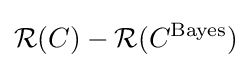
{\mathcal {R}}(C)-{\mathcal {R}}(C^{\text{Bayes}})